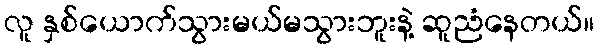
လူ နှစ်ယောက်သွားမယ်မသွားဘူးနဲ့ ဆူညံနေတယ်။